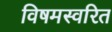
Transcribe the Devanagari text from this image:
विषमस्वरित